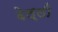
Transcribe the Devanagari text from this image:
देल्ली